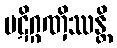
ပဋိဂ္ဂဏှိဿန္တိ